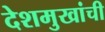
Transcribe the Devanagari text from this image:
देशमुखांची